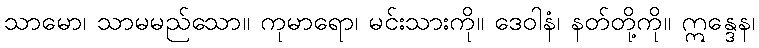
သာမော၊ သာမမည်သော။ ကုမာရော၊ မင်းသားကို။ ဒေဝါနံ၊ နတ်တို့ကို။ ဣန္ဒေန၊